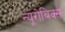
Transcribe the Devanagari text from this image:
न्यूरोबिक्स